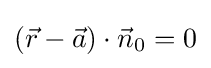
({\vec {r}}-{\vec {a}})\cdot {\vec {n}}_{0}=0